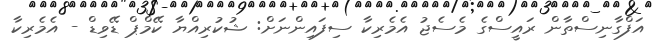
އަފްގާނިސްތާން ރައީސްގެ މެސެޖު އެމެރިކާ ސިފައިންނަށް: ޝުކުރިއްޔާ ކޭމްޕް ޑޭވިޑް - އެމެރިކާ